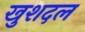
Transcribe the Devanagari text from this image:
खुशदल